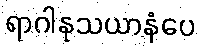
ရာဂါနုသယာနံပေ